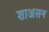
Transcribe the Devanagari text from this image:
शाअसन